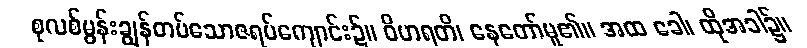
စုလစ်မွန်းချွန်တပ်သောဇရပ်ကျောင်း၌။ ဝိဟရတိ၊ နေတော်မူ၏။ အထ ခေါ၊ ထိုအခါ၌။